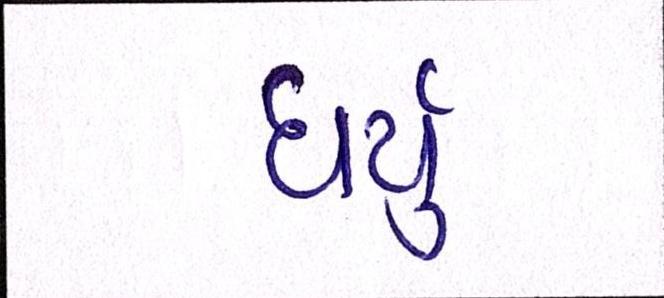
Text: ધર્યું